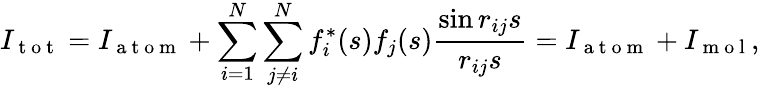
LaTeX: I_{\mathrm{~t~o~t~}}=I_{\mathrm{~a~t~o~m~}}+\sum_{i=1}^{N}\sum_{j\neq i}^{N}f_{i}^{*}(s)f_{j}(s)\frac{\sin{r_{ij}s}}{r_{ij}s}=I_{\mathrm{~a~t~o~m~}}+I_{\mathrm{~m~o~l~}},